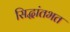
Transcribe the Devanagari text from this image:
सिद्धांतभत